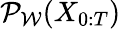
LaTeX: \mathcal{P}_{\mathcal{{W}}}(X_{0:T})